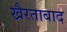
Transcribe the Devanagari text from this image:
खैरताबाद